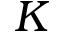
K